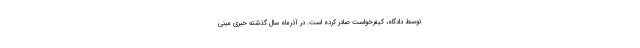
توسط دادگاه، کیفرخواست صادر کرده است. در آذرماه سال گذشته خبری مبنی